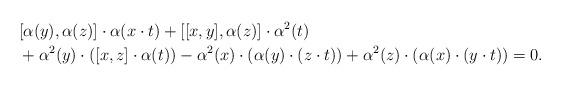
LaTeX: \begin{align*} &[\alpha(y),\alpha(z)] \cdot \alpha(x \cdot t) + [[x , y] , \alpha(z)] \cdot \alpha^{2}(t) \\&+ \alpha^{2}(y) \cdot ([x , z] \cdot \alpha (t)) - \alpha^{2}(x) \cdot (\alpha (y) \cdot (z \cdot t)) + \alpha^{2}(z) \cdot (\alpha (x) \cdot (y \cdot t))=0.\end{align*}